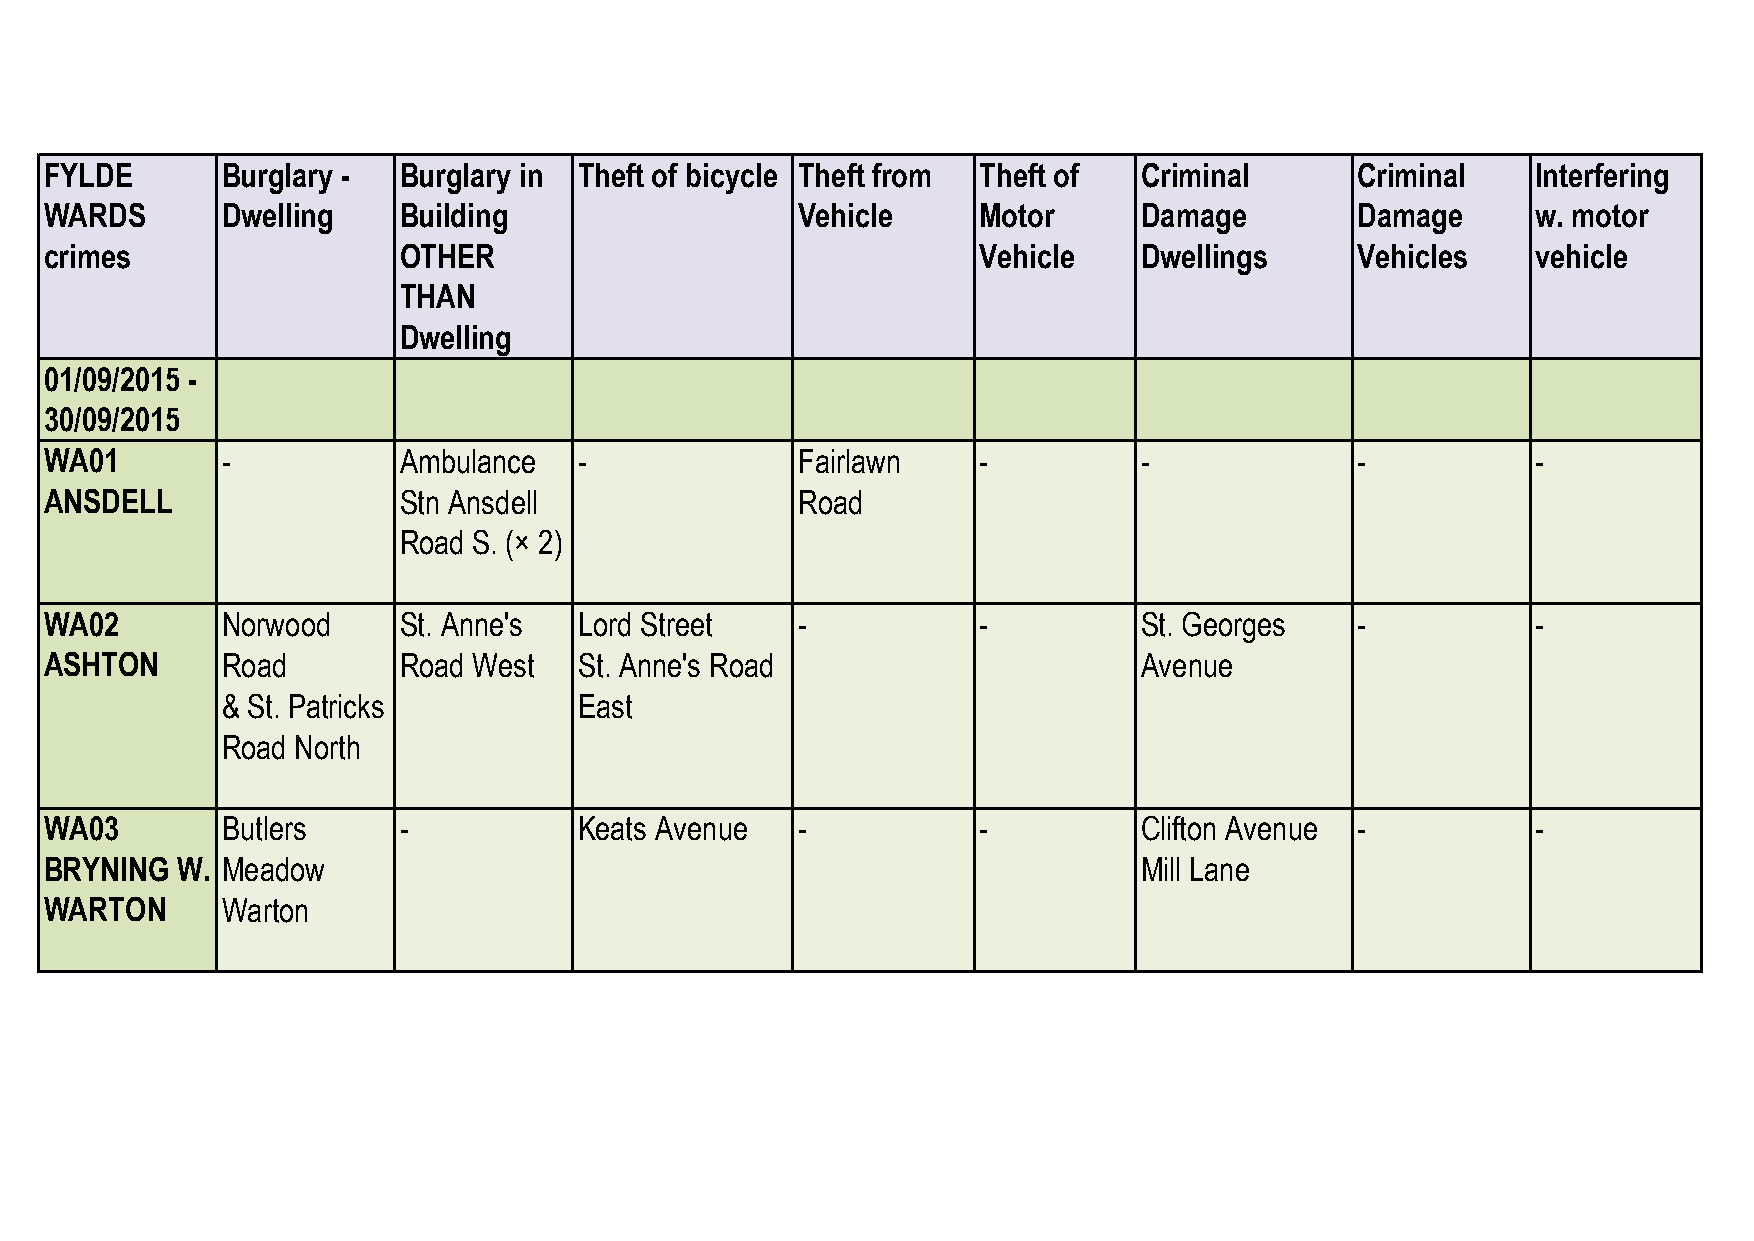
FYLDE       Burglary - Burglary in Theft of bicycle Theft from Theft of Criminal       Criminal    Interfering
 WARDS       Dwelling   Building                   Vehicle     Motor     Damage         Damage      w. motor
 crimes                 OTHER                                  Vehicle   Dwellings      Vehicles    vehicle
 THAN
 Dwelling
 01/09/2015 -
 30/09/2015
 WA01        -          Ambulance   -              Fairlawn    -         -              -           -
 ANSDELL                Stn Ansdell                Road
 Road S. (× 2)
 WA02        Norwood    St. Anne's  Lord Street    -           -         St. Georges    -           -
 ASHTON      Road       Road West   St. Anne's Road                      Avenue
 & St. Patricks         East
 Road North
 WA03        Butlers    -           Keats Avenue   -           -         Clifton Avenue -           -
 BRYNING  W. Meadow                                                      Mill Lane
 WARTON      Warton